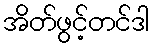
အိတ်ဖွင့်တင်ဒါ